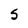
Character: S